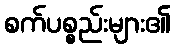
စက်ပစ္စည်းများ၏